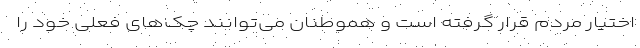
اختیار مردم قرار گرفته است و هموطنان می‌توانند چک‌های فعلی خود را